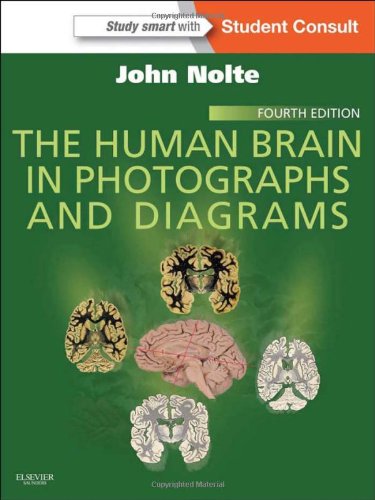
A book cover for The Human Brain in Photographs and Diagrams: With STUDENT CONSULT Online Access, 4e; John Nolte PhD<br>PhD; Medical Books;